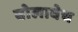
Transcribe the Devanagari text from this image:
बोलावेच